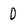
Character: 0